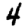
Digit: 4